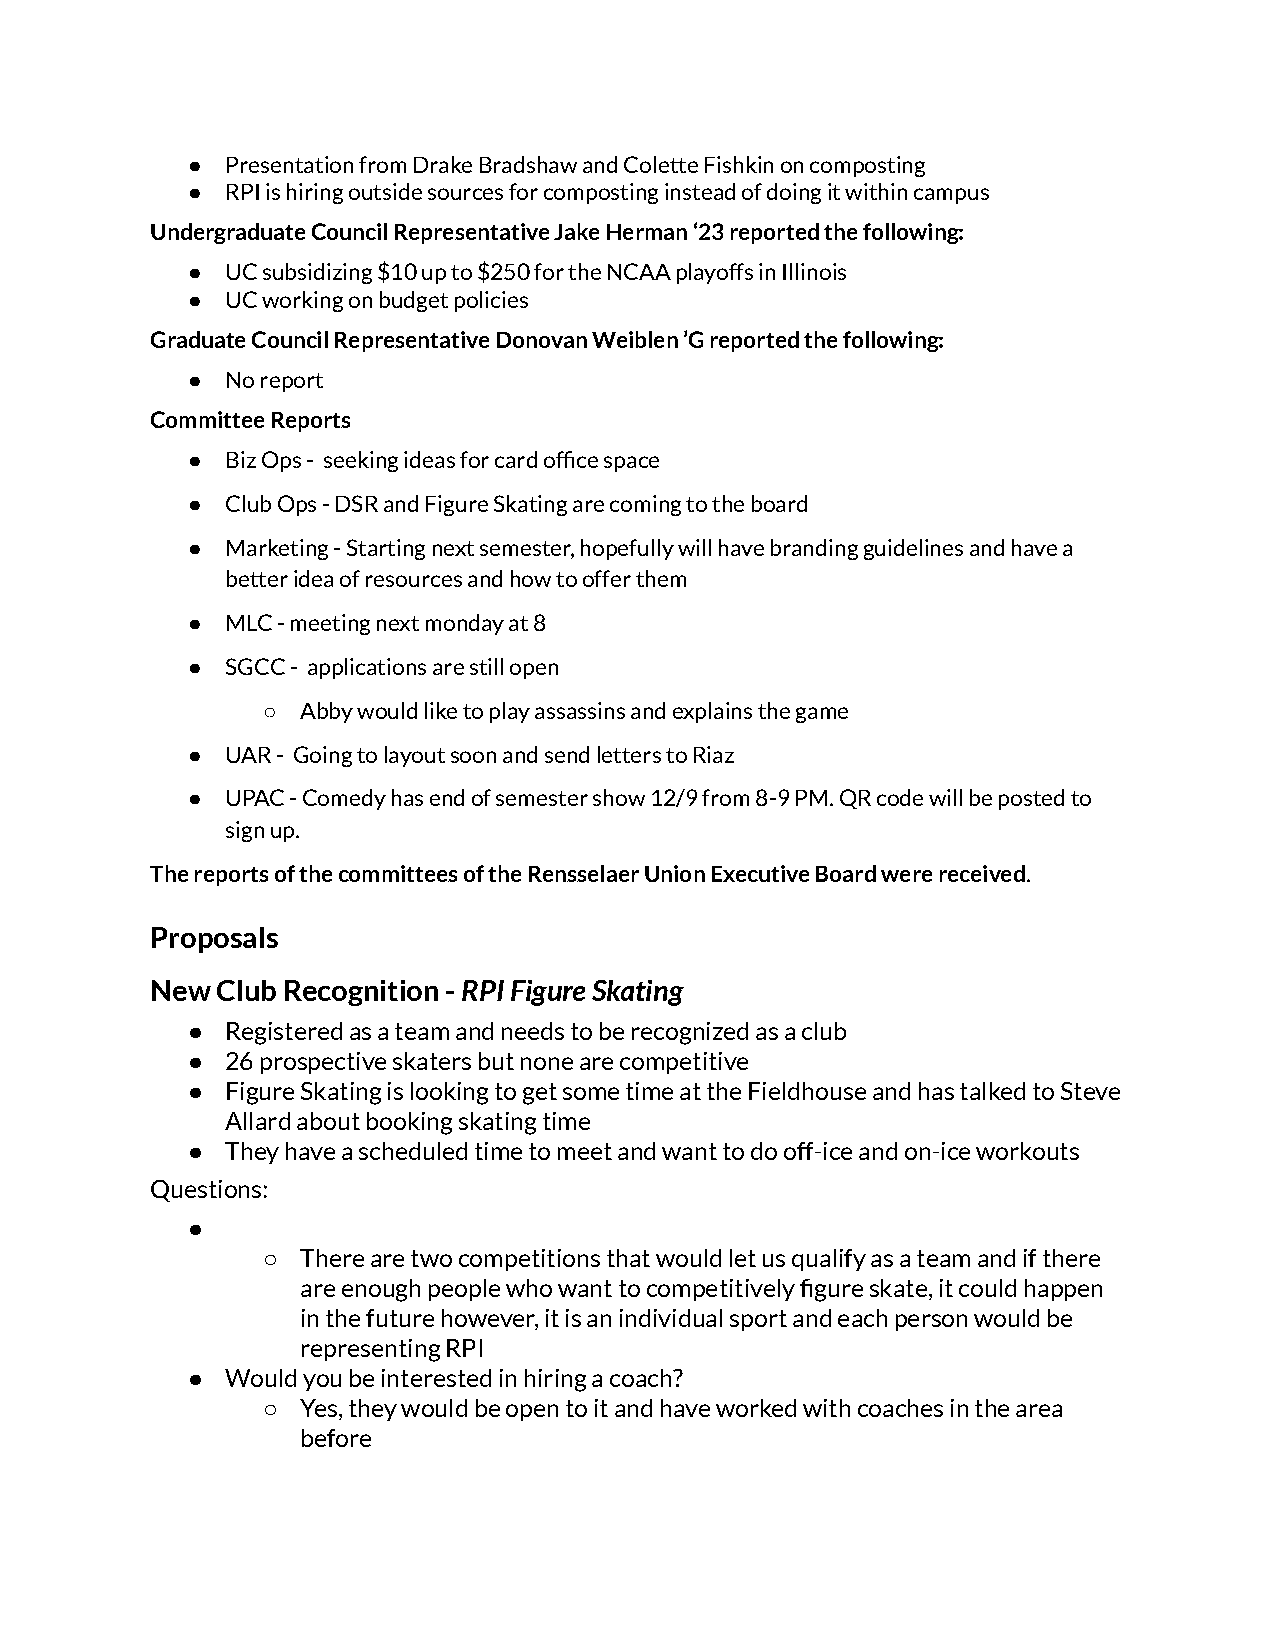
●  Presentation from Drake Bradshaw and Colette Fishkin on composting
 ●  RPI is hiring outside sources for composting instead of doing it within campus
 Undergraduate Council Representative Jake Herman ‘23 reported the following:
 ●  UC subsidizing $10 up to $250 for the NCAA playoffs in Illinois
 ●  UC working on budget policies
 Graduate Council Representative Donovan Weiblen ’G reported the following:
 ●  No report
 Committee Reports
 ●  Biz Ops - seeking ideas for card office space
 ●  Club Ops - DSR and Figure Skating are coming to the board
 ●  Marketing - Starting next semester, hopefully will have branding guidelines and have a
 better idea of resources and how to offer them
 ●  MLC - meeting next monday at 8
 ●  SGCC - applications are still open
 ○  Abby would like to play assassins and explains the game
 ●  UAR - Going to layout soon and send letters to Riaz
 ●  UPAC - Comedy has end of semester show 12/9 from 8-9 PM. QR code will be posted to
 sign up.
 The reports of the committees of the Rensselaer Union Executive Board were received.
 Proposals
 New Club Recognition -RPI Figure Skating
 ●  Registered as a team and needs to be recognized as a club
 ●  26 prospective skaters but none are competitive
 ●  Figure Skating is looking to get some time at the Fieldhouse and has talked to Steve
 Allard about booking skating time
 ●  They have a scheduled time to meet and want to do off-ice and on-ice workouts
 Questions:
 ●
 ○  There are two competitions that would let us qualify as a team and if there
 are enough people who want to competitively figure skate, it could happen
 in the future however, it is an individual sport and each person would be
 representing RPI
 ●  Would you be interested in hiring a coach?
 ○  Yes, they would be open to it and have worked with coaches in the area
 before